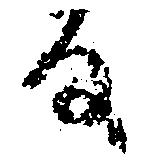
る